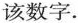
该数字。